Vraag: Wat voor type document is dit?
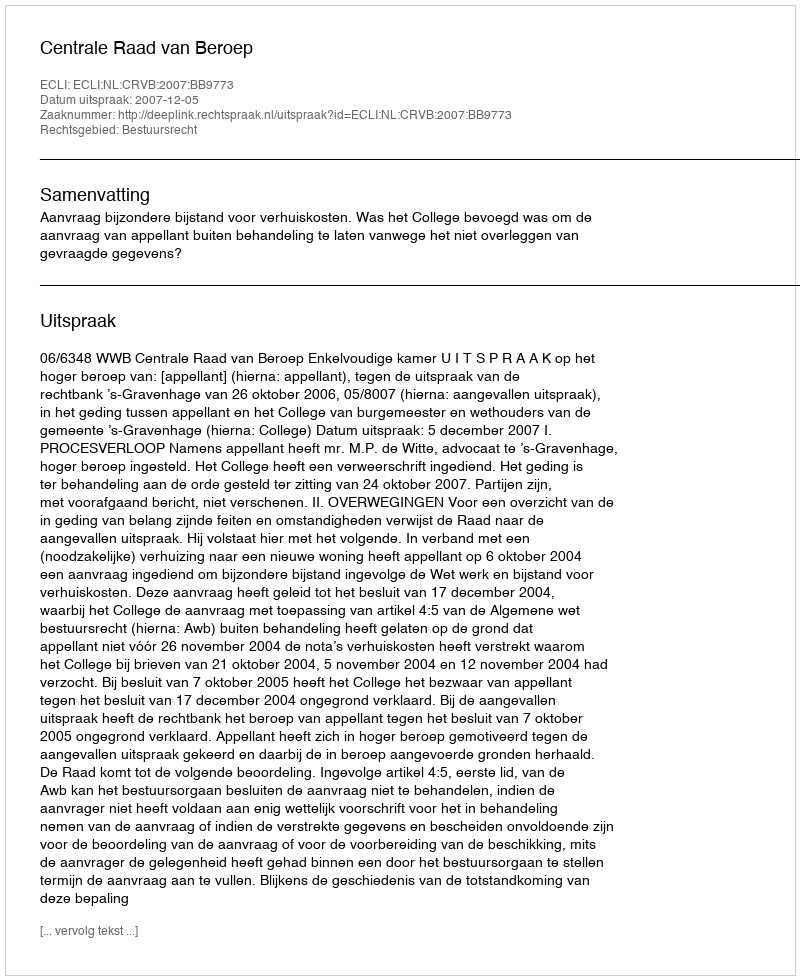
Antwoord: Uitspraak